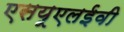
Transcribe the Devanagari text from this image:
एसयूएलईवी